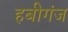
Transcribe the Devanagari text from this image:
हबीगंज